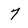
Character: 7